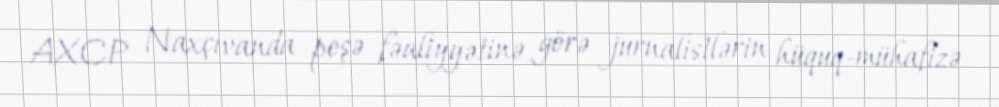
AXCP Naxçıvanda peşə fəaliyyətinə görə jurnalistlərin hüquq-mühafizə